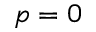
p = 0